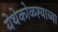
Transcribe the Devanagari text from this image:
येथेकोळश्याच्या